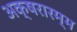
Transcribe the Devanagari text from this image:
अक्षरारम्भ